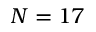
N = 1 7